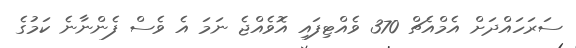
ސަރަހައްދަށް އެމްއެޗް 370 ވެއްޓިފައި އޮވެއްޖެ ނަމަ އެ ވެސް ފެންނާނެ ކަމުގެ